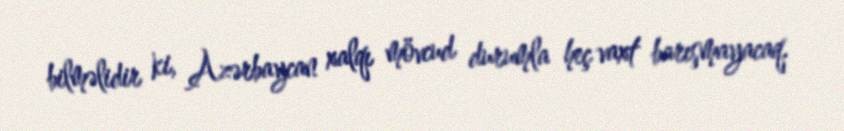
bilməlidir ki, Azərbaycan xalqı mövcud durumla heç vaxt barışmayacaq.